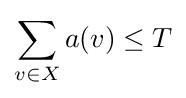
\sum _{v\in X}a(v)\leq T